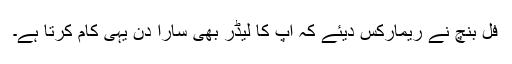
فل بنچ نے ریمارکس دیئے کہ آپ کا لیڈر بھی سارا دن یہی کام کرتا ہے۔